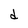
Character: d